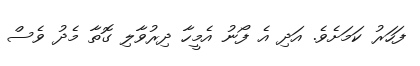
ފަހަރު ކަމަށެވެ. އަދި އެ ފޯނު އެމީހާ ދިރުވާލި ގޮތާ މެދު ވެސް